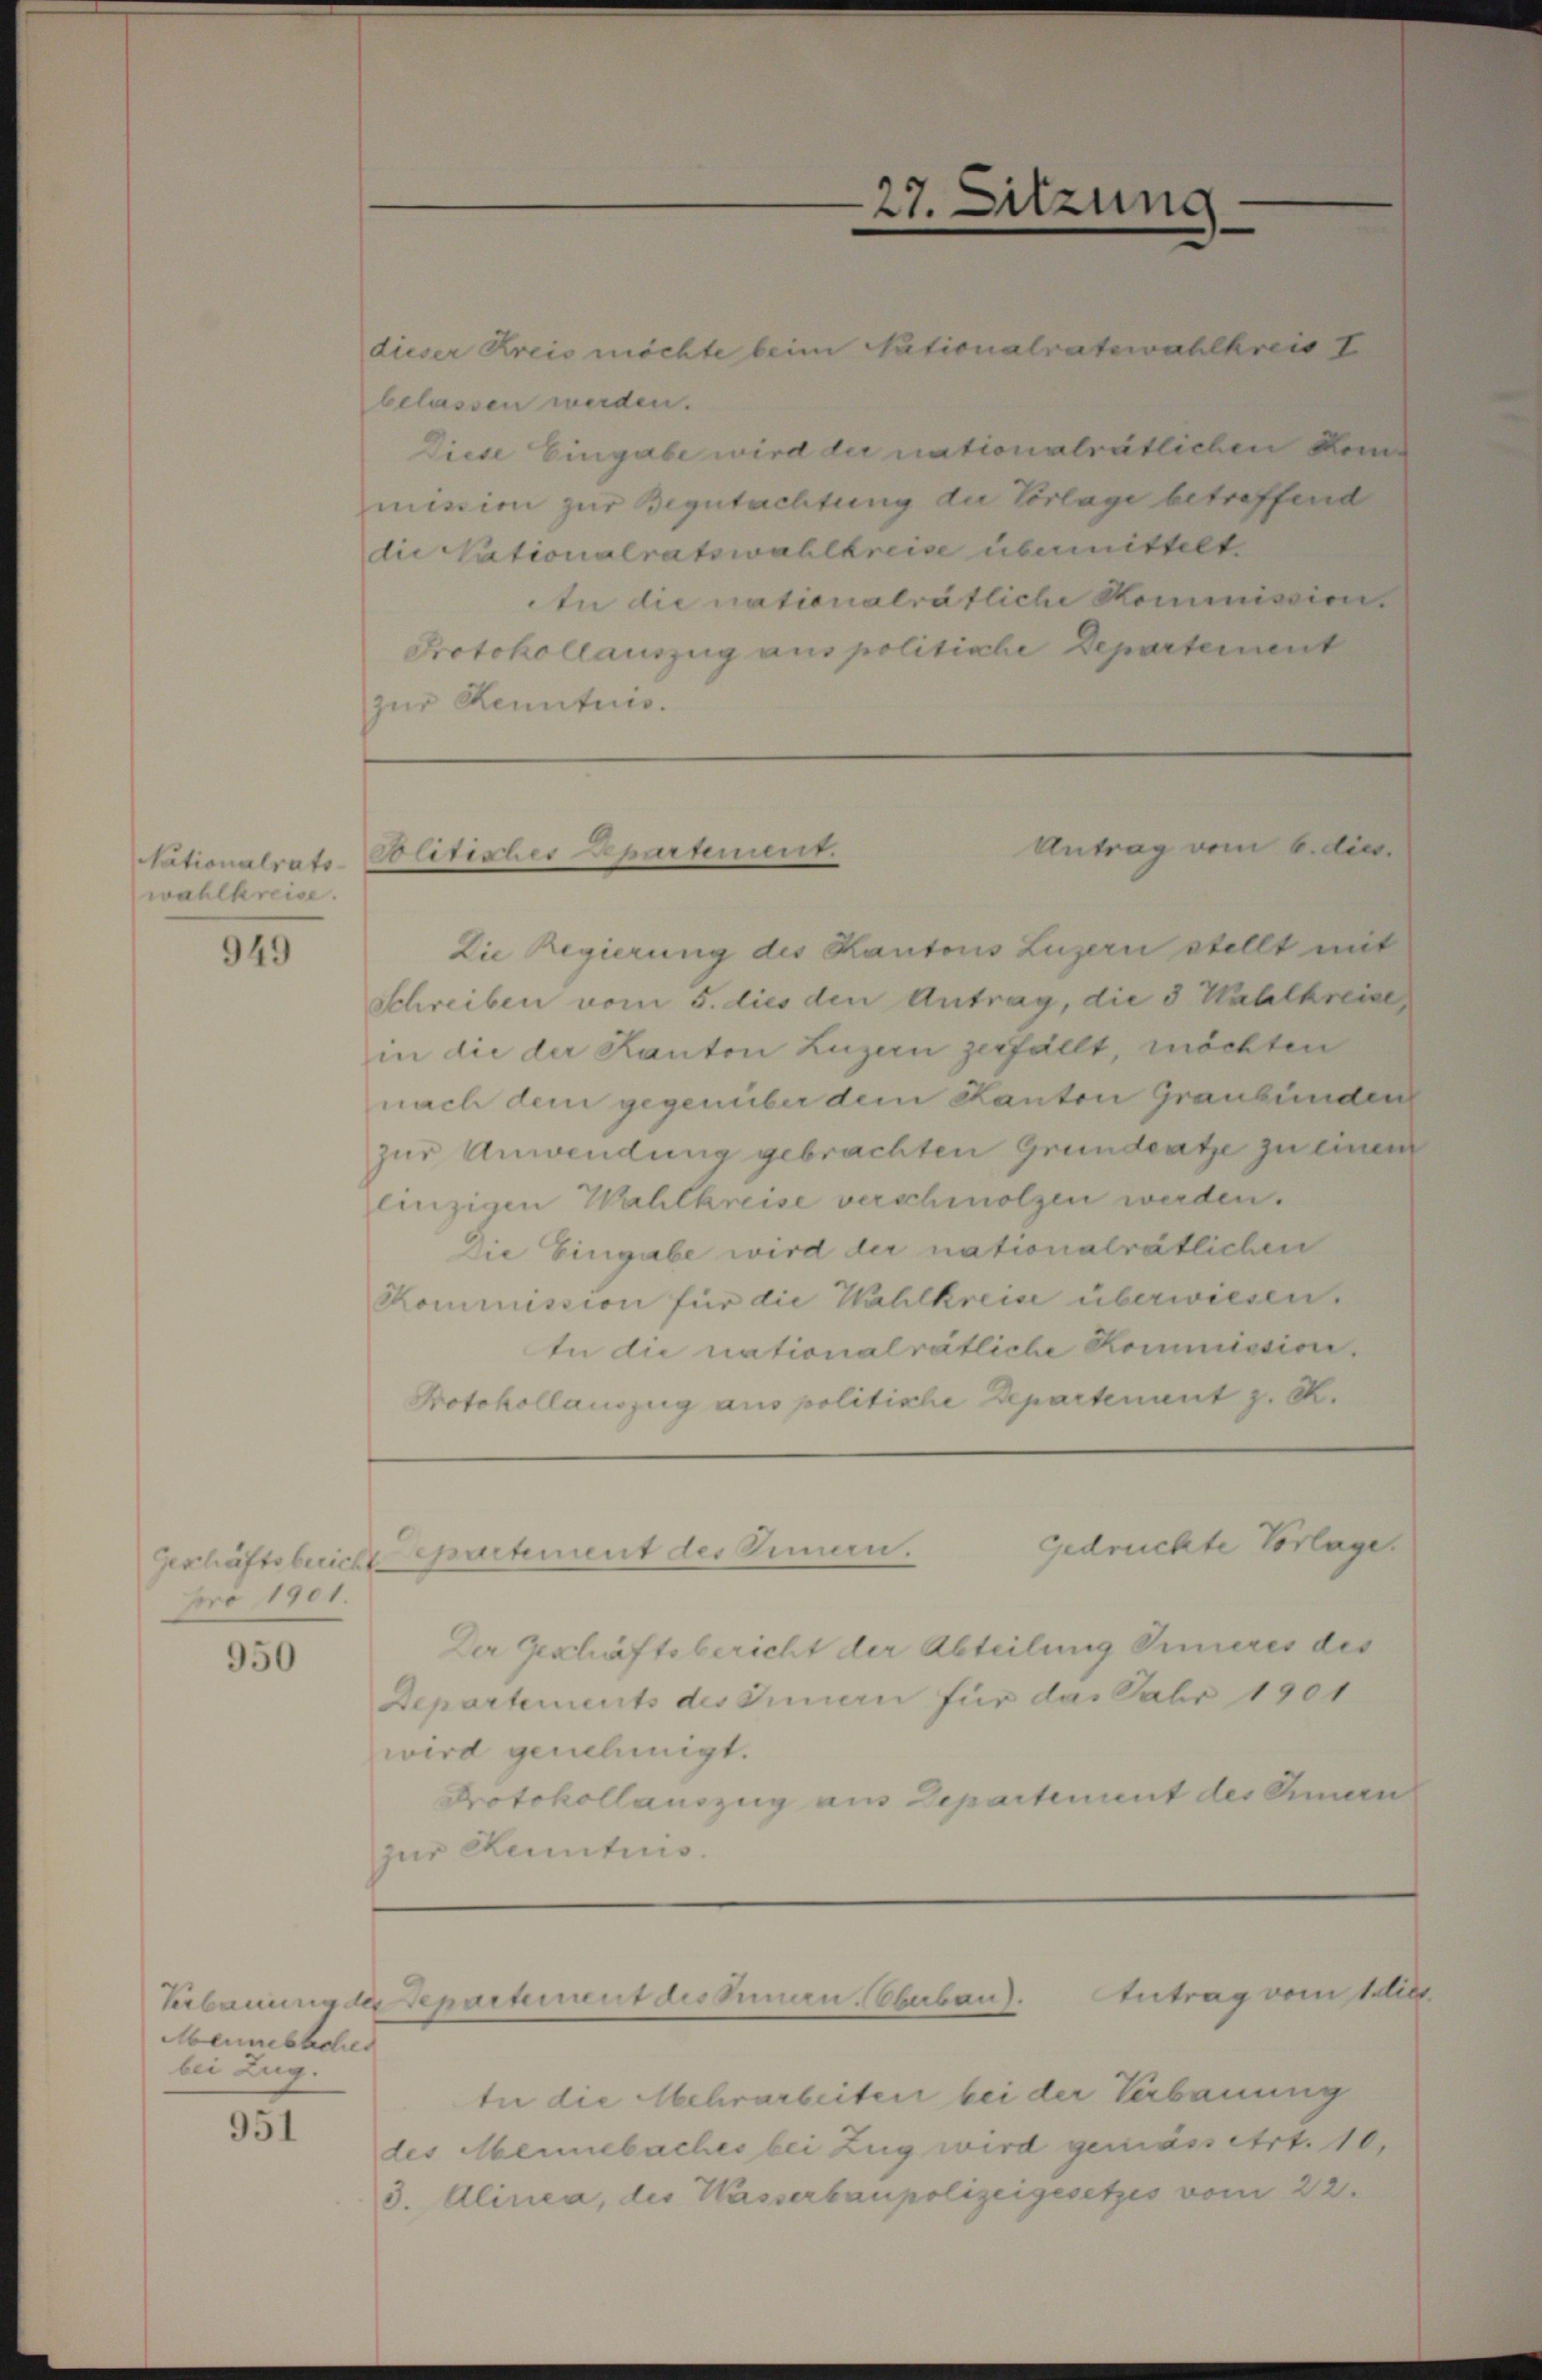
Nationalrats-
wahlkreise.

949

pro 1901.

950

Menneblicher
bei Zug.

951

dieser Kreis möchte beim Nationalratswahlkreis I
belassen werden.
Diese Eingabe wird die nationalrätlichen Kemmission zur Begutachtung die Vorlage betreffend
die Nationalratswahlkreise übermittelt.
In die nationalrätliche Kommissions
Protokollauszug aus politische Departement
zur Kenntnis.

Die Regierung des Kantons Luzern stellt mit
Schreiben vom 5. dies den Antrag, die 3 Wahlkreise,
in die der Kanton Luzern zerfällt, möchten
nach dem gegenüber dem Kanton Graubünden
zur Anwendung gebrachten Grundsatze zu einem
einzigen Wahlkreise verschmolzen werden.
Die Eingabe wird der nationalrätlichen
Kommission für die Wahlkreise überwiesen.
In die nationalrätliche Kommission
Protokollauszug aus politische Departement z. B.

Antrag vom 6. dies
Blitisher partemen

27. Sitzung

Departements des Innern für das Fahr 1901
wird genehmigt.
Protokollauszug aus Departement des Sinnern
zur Kenntnis.

gedruckte Vorlage.
Geschäftsbericht partement des Zemen.
Der Geschäftsbericht der Abteilung Simeres des

In die Mehrarbeiten bei der Verbauung
des Mennebaches bei Zug wird gemässert. 10.
3. Alinea, des Wasserbaupolizeigesetzes vom 22.

Verbauung des Departement des Innern. Oberbau). Antrag vom 1 dies